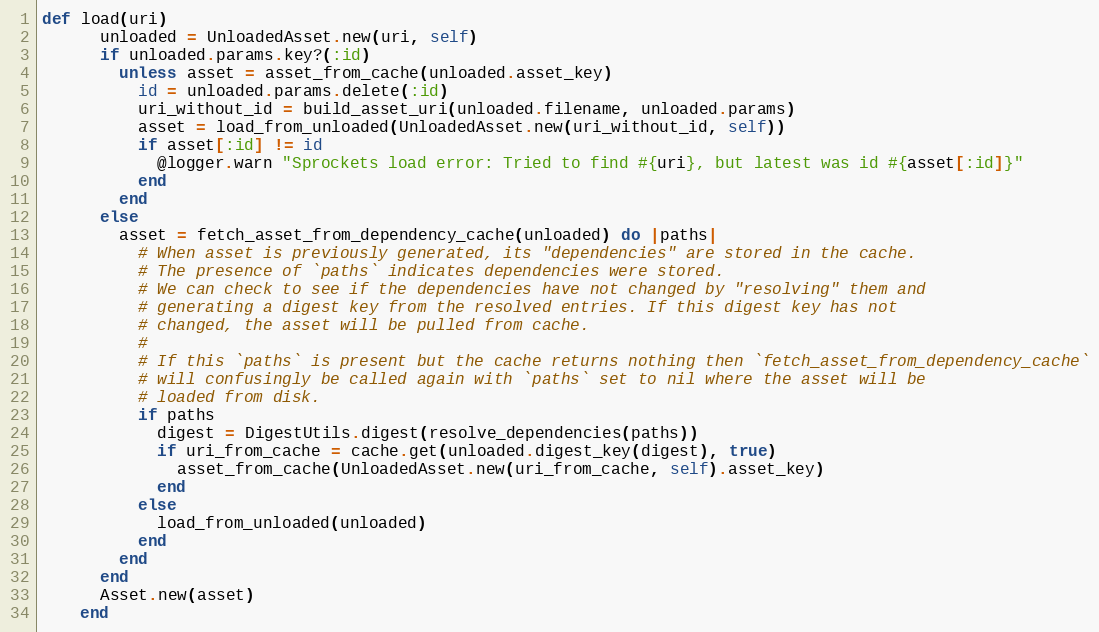
Language: Ruby
def load(uri)
      unloaded = UnloadedAsset.new(uri, self)
      if unloaded.params.key?(:id)
        unless asset = asset_from_cache(unloaded.asset_key)
          id = unloaded.params.delete(:id)
          uri_without_id = build_asset_uri(unloaded.filename, unloaded.params)
          asset = load_from_unloaded(UnloadedAsset.new(uri_without_id, self))
          if asset[:id] != id
            @logger.warn "Sprockets load error: Tried to find #{uri}, but latest was id #{asset[:id]}"
          end
        end
      else
        asset = fetch_asset_from_dependency_cache(unloaded) do |paths|
          # When asset is previously generated, its "dependencies" are stored in the cache.
          # The presence of `paths` indicates dependencies were stored.
          # We can check to see if the dependencies have not changed by "resolving" them and
          # generating a digest key from the resolved entries. If this digest key has not
          # changed, the asset will be pulled from cache.
          #
          # If this `paths` is present but the cache returns nothing then `fetch_asset_from_dependency_cache`
          # will confusingly be called again with `paths` set to nil where the asset will be
          # loaded from disk.
          if paths
            digest = DigestUtils.digest(resolve_dependencies(paths))
            if uri_from_cache = cache.get(unloaded.digest_key(digest), true)
              asset_from_cache(UnloadedAsset.new(uri_from_cache, self).asset_key)
            end
          else
            load_from_unloaded(unloaded)
          end
        end
      end
      Asset.new(asset)
    end